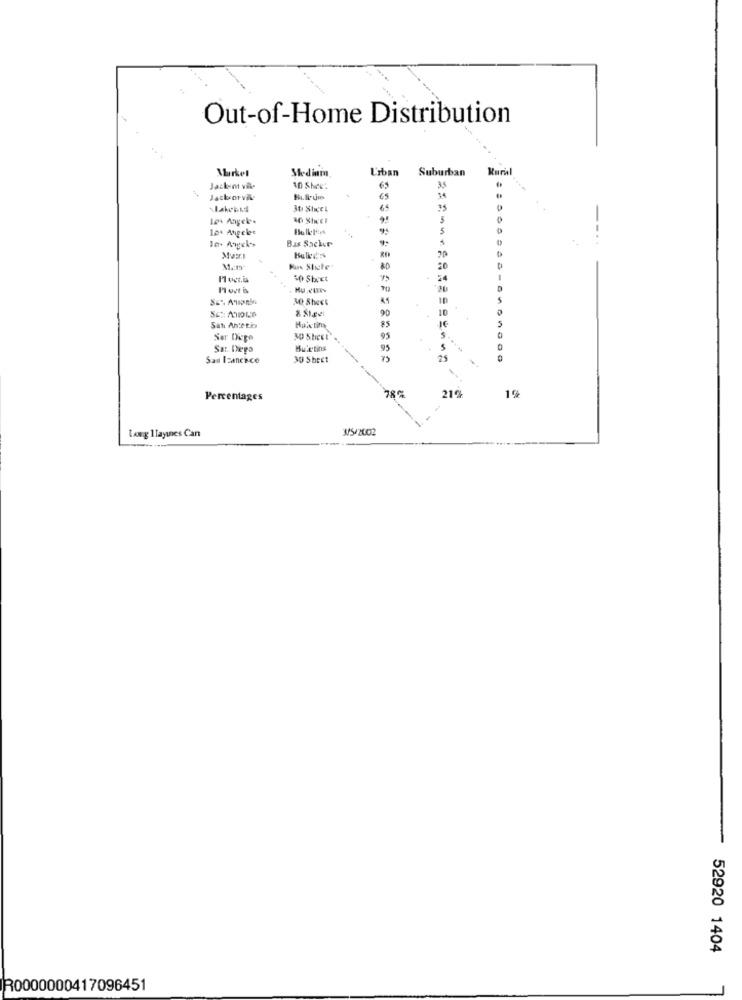
Out-of-Home Distribution
Market
Medinin
Urban
Suburban
Jacken vil-
10 Shee.
65
35
Jack orvik-
14
5
104 Angeles
Bas Socker
11.17
50 Sheet
Sat Anceto
Haixtina
Ser Depe
30 Sheet
Sar. Degs
Buletins
95
San Izanchce
30 Sheet
1%
Percentages
78%
21€
3/5/2002
Lawg 1Tayines Can
52920 1404
R0000000417096451